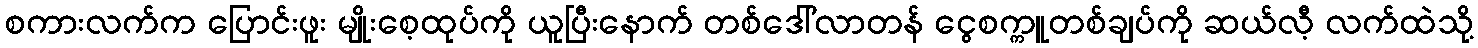
စကားလက်က ပြောင်းဖူး မျိုးစေ့ထုပ်ကို ယူပြီးနောက် တစ်ဒေါ်လာတန် ငွေစက္ကူတစ်ချပ်ကို ဆယ်လီ့ လက်ထဲသို့